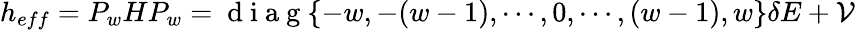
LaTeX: \begin{array}{r}{h_{eff}=P_{w}HP_{w}=\mathrm{~d~i~a~g~}\{ -w,-(w-1),\cdots,0,\cdots,(w-1),w\} \delta E+\mathcal V}\end{array}